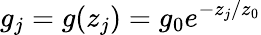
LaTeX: g_{j}=g(z_{j})=g_{0}e^{-z_{j}/z_{0}}